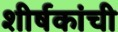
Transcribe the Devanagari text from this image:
शीर्षकांची